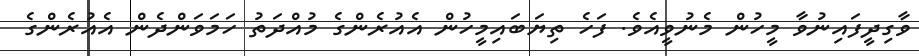
ވާގިދީފައިނުވާ މީހުން މެނުވީއެވެ. ފަހެ ތިޔަބައިމީހުން އެއުރެންގެ މުއްދަތު ހަމަވަންދެން އެއުރެންގެ